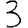
Digit: 3